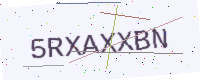
Text: 5RXAXXBN